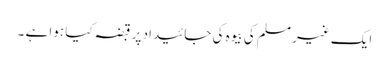
ایک غیر مسلم کی بیوہ کی جائیداد پر قبضہ کیا ہوا ہے ۔